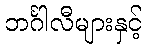
ဘင်္ဂါလီများနှင့်